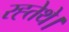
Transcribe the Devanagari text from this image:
रह्तेथे।